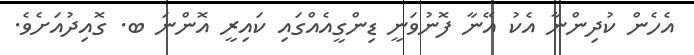
އެހެން ކުދިންނާ އެކު އޭނާ ފޮނުވަނީ ޑިންގީއެއްގައި ކައިރީ އޮންނަ ބ. ގޮއިދުއަށެވެ.